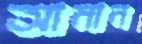
আমান